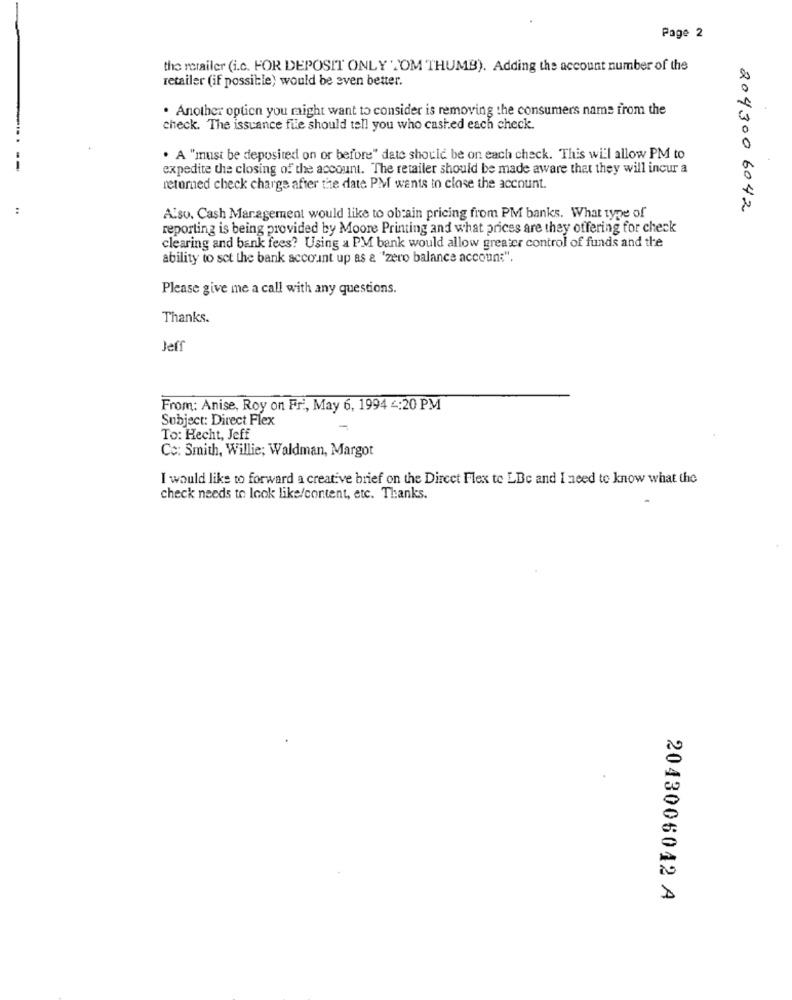
Page 2
the retailer (i.c. FOR DEPOSIT ONLY TOM THUMB). Adding the account number of the
retailer (if possible) would be even better.
. Another option you might want to consider is removing the consumers name from the
check. The issuance file should tell you who cashed each check.
. A "must be deposited on or before" date should be on each check. This will allow PM to
--
expedite the closing of the account. The retailer should be made aware that they will incur a
returned check charge after the date PM wants to close the account.
..
204300 6042
Also, Cash Management would like to obtain pricing from PM banks. What type of
reporting is being provided by Moore Printing and what prices are they offering for check
clearing and bank fees? Using a PM bank would allow greater control of funds and the
ability to set the bank account up as & "zero balance accoun:".
Please give me a call with any questions.
Thanks.
Jeff
From: Anise, Roy on Fr ., May 6, 1994 4:20 PM
Subject: Direct Flex
To: Hecht, Jeff
Cc: Smith, Willie; Waldman, Margot
I would like to forward a creative brief on the Direct Flex to LBc and I need to know what the
check needs to look like/content, etc. Thanks.
2043006042 A